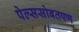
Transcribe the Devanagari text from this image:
पेल्ससोबतपण